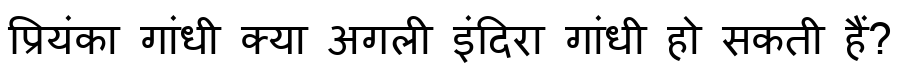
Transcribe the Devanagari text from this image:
प्रियंका गांधी क्या अगली इंदिरा गांधी हो सकती हैं?